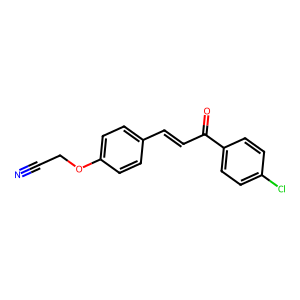
SMILES: N#CCOc1ccc(C=CC(=O)c2ccc(Cl)cc2)cc1
Inhibits HIV replication: No